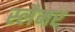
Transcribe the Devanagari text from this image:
स्लैमर